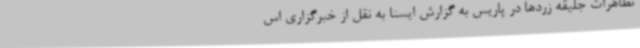
تظاهرات جلیقه زردها در پاریس به گزارش ایسنا به نقل از خبرگزاری اس